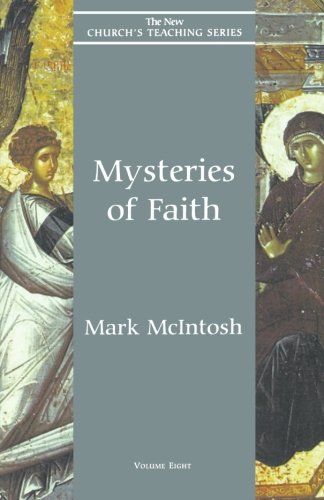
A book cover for Mysteries of Faith (New Church's Teaching Series); Mark McIntosh; Christian Books & Bibles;